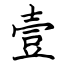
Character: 壹